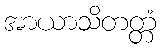
အာယာသိတတ္တံ